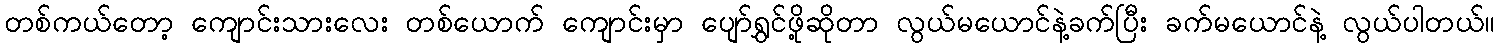
တစ်ကယ်တော့ ကျောင်းသားလေး တစ်ယောက် ကျောင်းမှာ ပျော်ရွှင်ဖို့ဆိုတာ လွယ်မယောင်နဲ့ခက်ပြီး ခက်မယောင်နဲ့ လွယ်ပါတယ်။